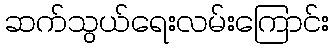
ဆက်သွယ်ရေးလမ်းကြောင်း